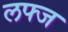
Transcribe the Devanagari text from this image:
लफ्ज